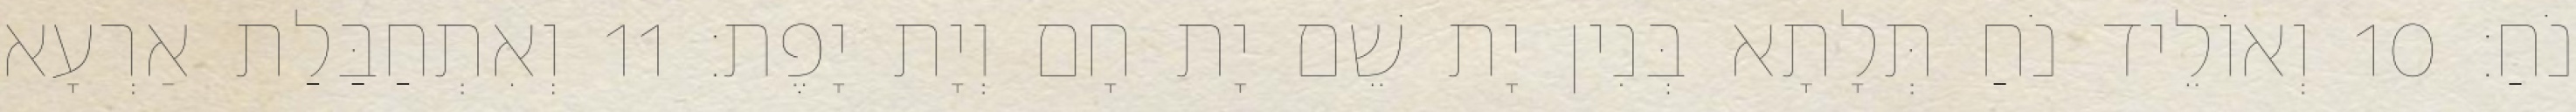
נֹחַ׃ 10 וְאוֹלֵיד נֹחַ תְּלָתָא בְּנִין יָת שֵׁם יָת חָם וְיָת יָפֶת׃ 11 וְאִתְחַבַּלַת אַרְעָא